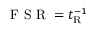
\mathrm { ~ F ~ S ~ R ~ } = t _ { \mathrm { R } } ^ { - 1 }